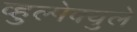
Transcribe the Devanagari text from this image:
व्हुल्पेक्युले